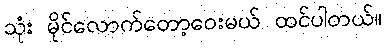
သုံး မိုင်လောက်တော့ဝေးမယ် ထင်ပါတယ်။